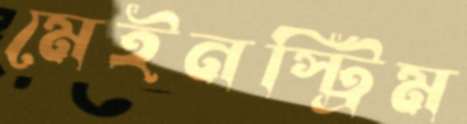
মেইনস্ট্রিম